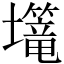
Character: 𱘗